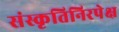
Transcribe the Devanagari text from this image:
संस्कृतिनिरपेक्ष